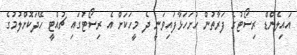
އައިލެންޑް ރިސޯޓުގެ ފަރާތުން ހުށަހަޅާފައިވަނީ ދެ މީހަކަށް އެ ރިސޯޓުގައި ޗުއްޓީ ހޭދަކޮށްލުމުގެ